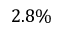
2 . 8 \%